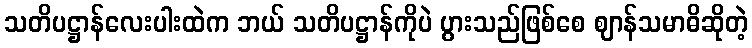
သတိပဋ္ဌာန်လေးပါးထဲက ဘယ် သတိပဋ္ဌာန်ကိုပဲ ပွားသည်ဖြစ်စေ ဈာန်သမာဓိဆိုတဲ့